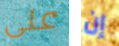
على إن